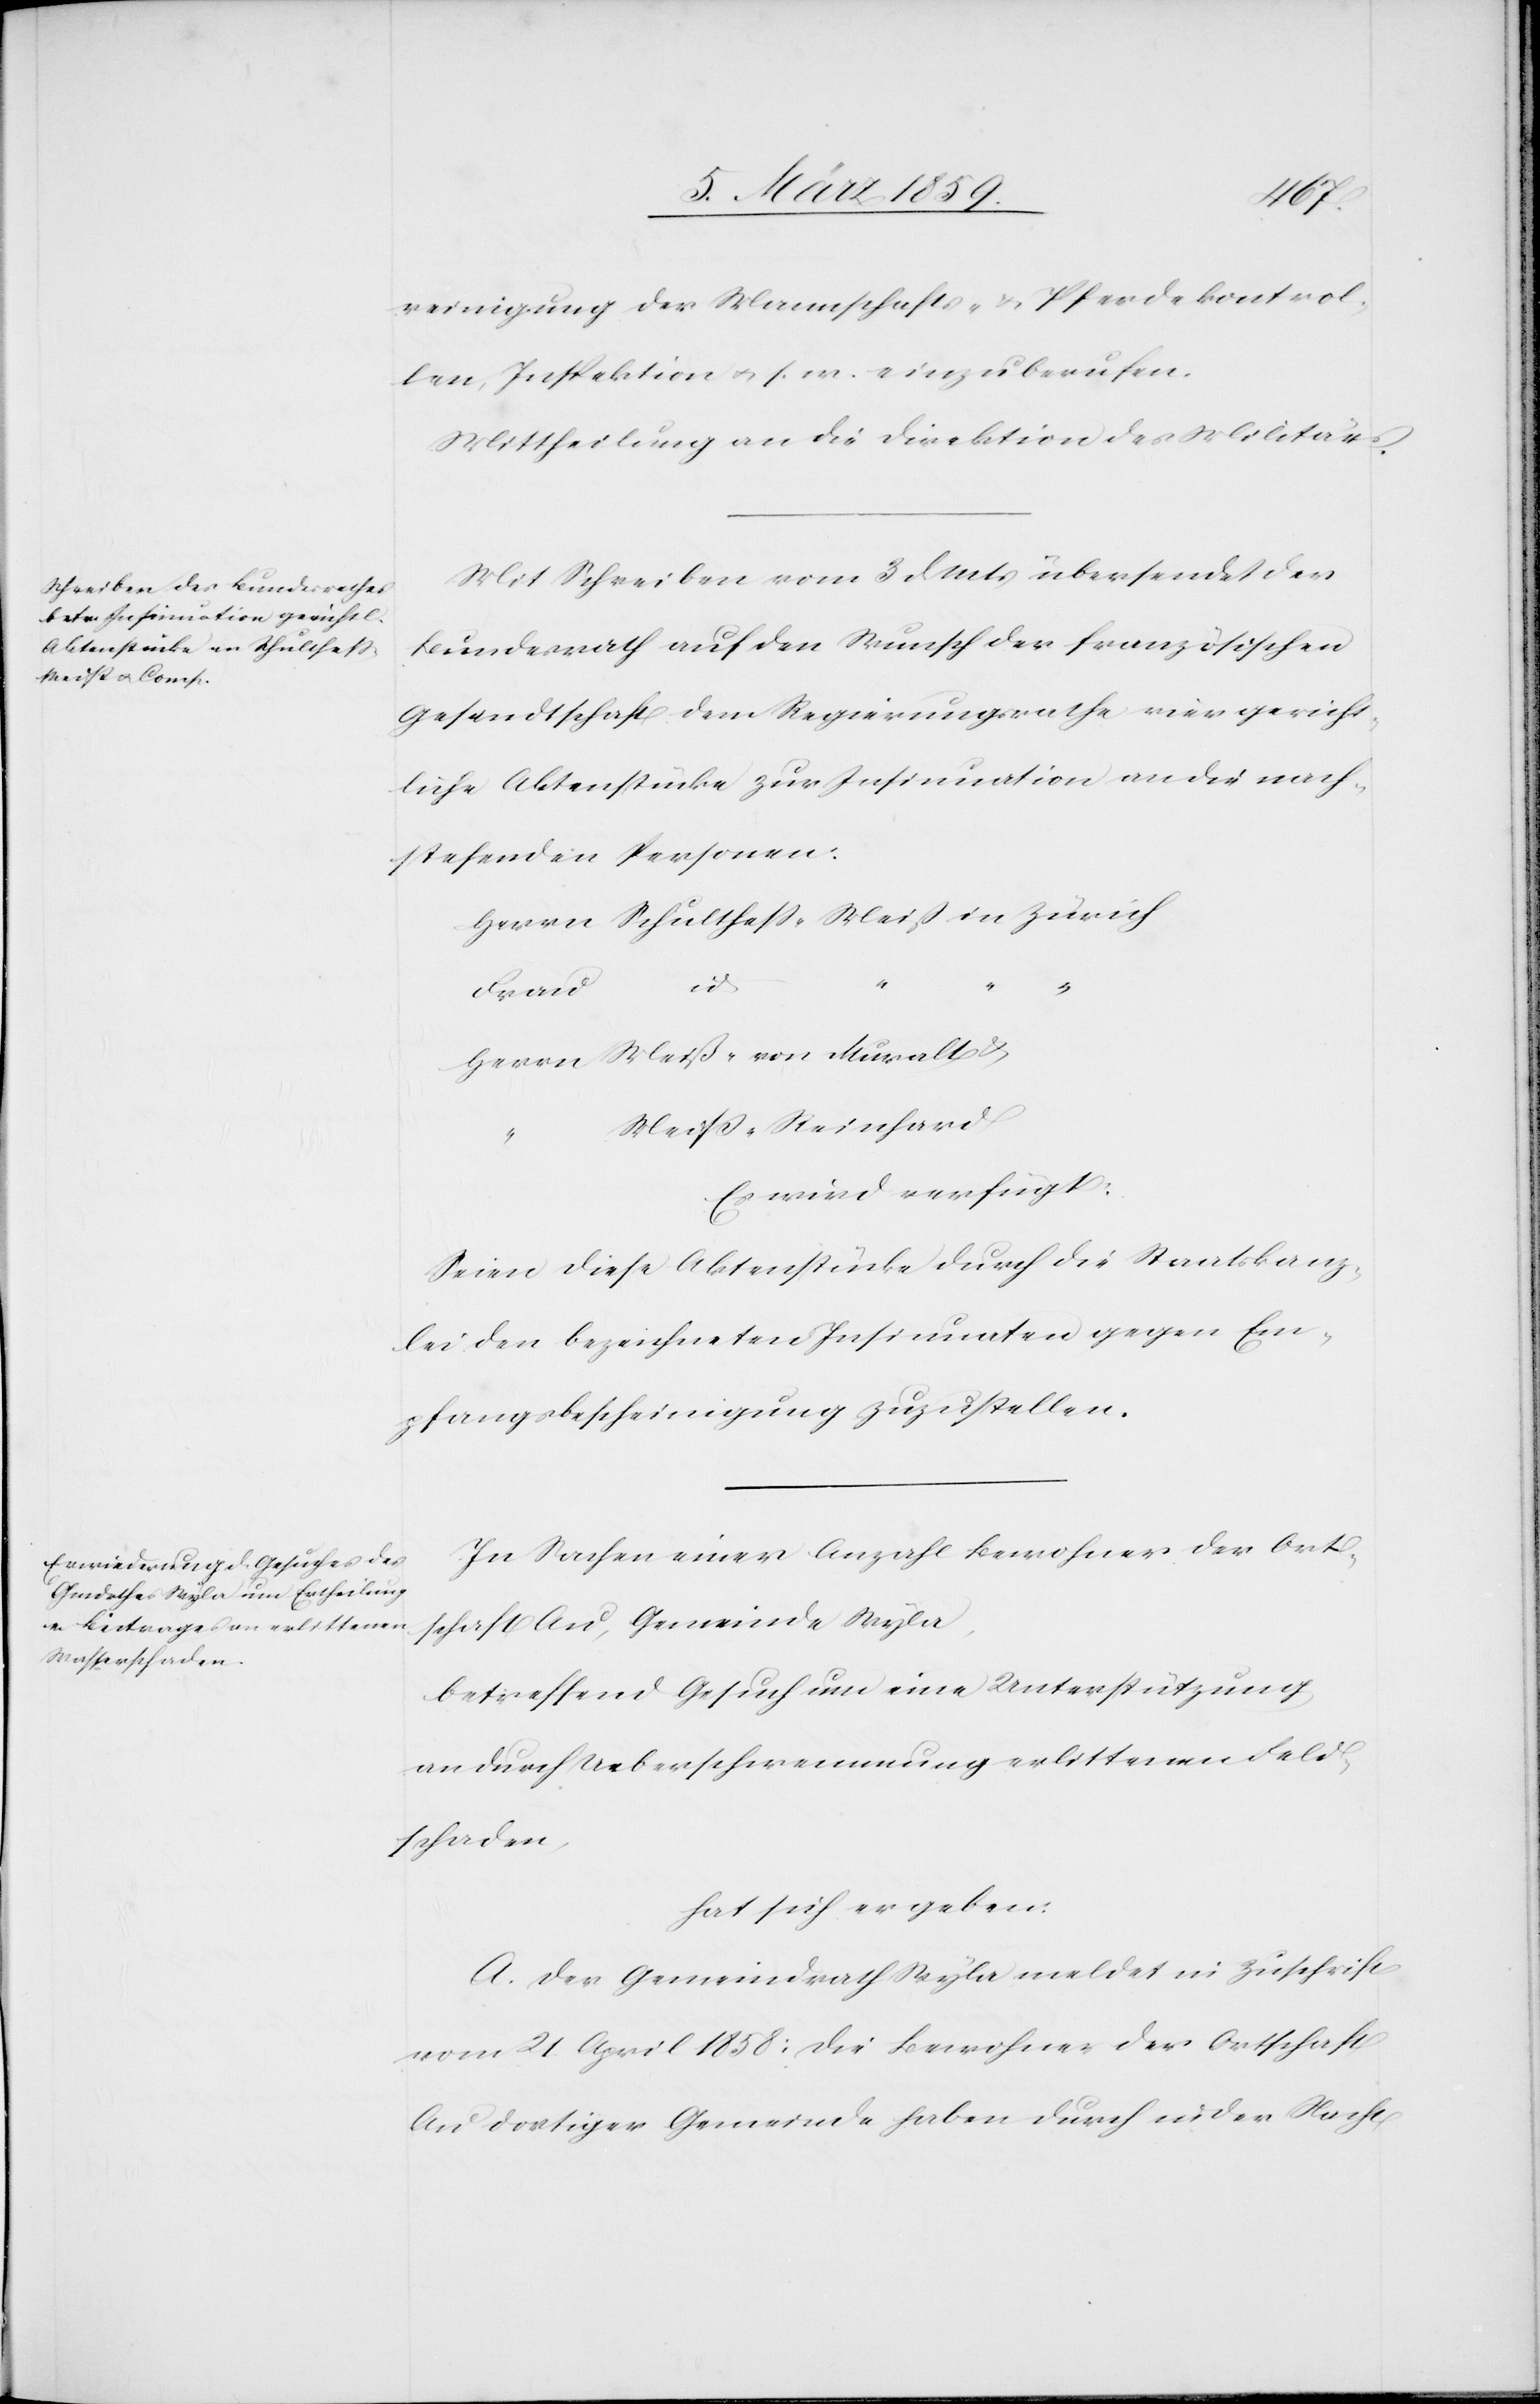
reinigung der Mannschafts- & Pferdekontrol¬
len, Inspektion u. s. w. einzuberufen.
Mittheilung an die Direktion des Militärs.
Mit Schreiben vom 3 d. Mts übersendet der
Bundesrath auf den Wunsch der französischen
Gesandtschaft dem Regierungsrathe vier gericht¬
liche Aktenstücke zur Insinuation an die nach¬
stehenden Personen:
Muralt
“
Frau
Es wird verfügt:
Seien diese Aktenstücke durch die Staatskanz¬
lei den bezeichneten Insinuaten gegen Em¬
pfangsbescheinigung zuzustellen.
In Sachen einer Anzahl Bewohner der Ort¬
schaft Au, Gemeinde Wyla,
betreffend Gesuch um eine Unterstützung
an durch Ueberschwemmung erlittenen Feld¬
schaden.
hat sich ergeben:
A. Der Gemeindrath Wyla meldet in Zuschrift
vom 21. April 1858: die Bewohner der Ortschaft
Au dortiger Gemeinde haben durch in der Nacht